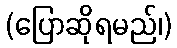
(ပြောဆိုရမည်၊)